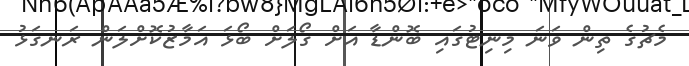
މެޗުގެ ތިން ވަނަ މިނިޓުގައި ބޮންޑާ އަށް ގޯލަށް ބޯޅަ އަމާޒުކޮށްލަން ރަނގަޅު